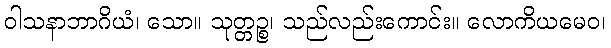
ဝါသနာဘာဂိယံ၊ သော။ သုတ္တဉ္စ၊ သည်လည်းကောင်း။ လောကိယမေဝ၊